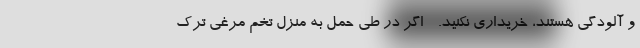
و آلودگی هستند، خریداری نکنید. - اگر در طی حمل به منزل تخم مرغی ترک